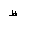
Letter: _za